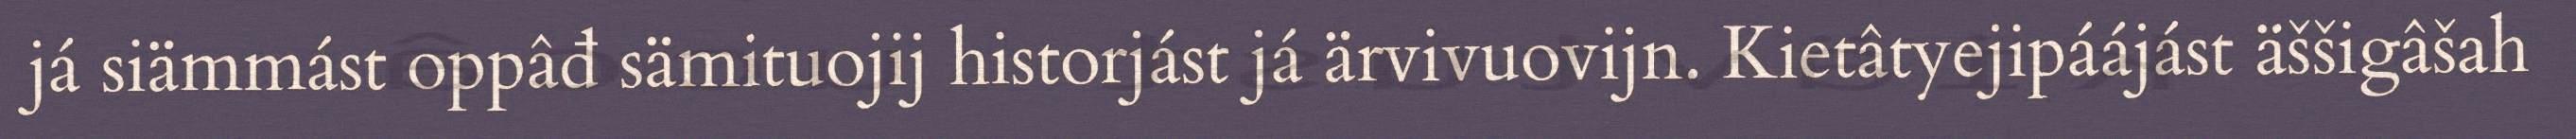
já siämmást oppâđ sämituojij historjást já ärvivuovijn. Kietâtyejipáájást äššigâšah